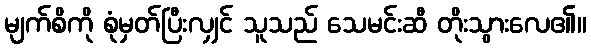
မျက်စိကို စုံမှတ်ပြီးလျှင် သူသည် သေမင်းဆီ တိုးသွားလေ၏။